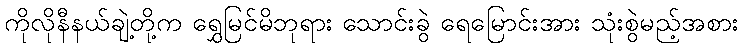
ကိုလိုနီနယ်ချဲ့တို့က ရွှေမြင်မိဘုရား သောင်းခွဲ ရေမြောင်းအား သုံးစွဲမည့်အစား